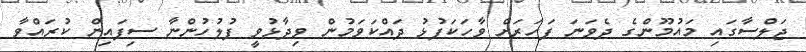
ޖަލްސާގައި މައުމޫންގެ ދެވަނަ ފަހަރަށް ވާހަކަފުޅު ދައްކަވަމުން ވިދާޅުވީ ފުލުހުންނާ ސިފައިން ކުރައްވާ